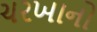
ચરખાનો